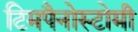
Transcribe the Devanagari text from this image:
टिमपैनोस्टोमी